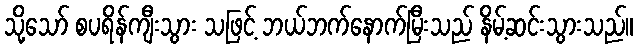
သို့သော် စပရိန်ကျီးသွား သဖြင့် ဘယ်ဘက်နောက်မြီးသည် နိမ့်ဆင်းသွားသည်။